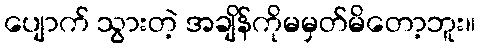
ပျောက် သွားတဲ့ အချိန်ကိုမမှတ်မိတော့ဘူး။